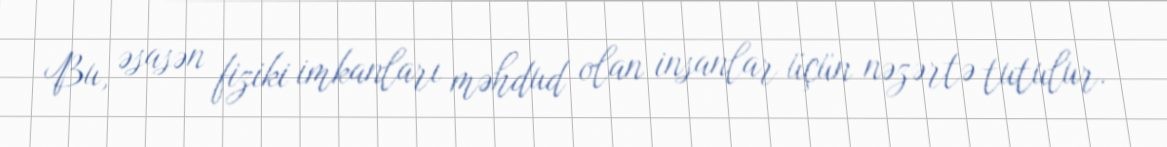
Bu, əsasən fiziki imkanları məhdud olan insanlar üçün nəzərtə tutulur.